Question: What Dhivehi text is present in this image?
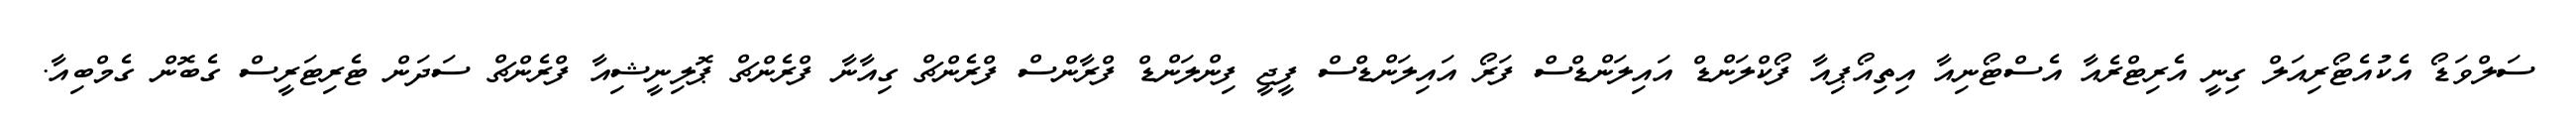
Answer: ސަލްވަޑޯ އެކުއެޓޯރިއަލް ގިނީ އެރިޓްރެއާ އެސްޓޯނިއާ އިތިއޯޕިއާ ފޯކްލަންޑް އައިލަންޑްސް ފަރޯ އައިލަންޑްސް ފީޖީ ފިންލަންޑް ފްރާންސް ފްރެންޗް ގިއާނާ ފްރެންޗް ޕޮލިނީޝިއާ ފްރެންޗް ސަދަން ޓެރިޓަރީސް ގެބޮން ގެމްބިއާ.